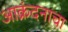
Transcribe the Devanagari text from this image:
आक्रंदनाचा